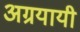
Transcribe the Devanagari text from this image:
अग्रयायी